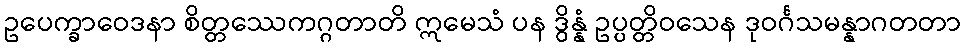
ဥပေက္ခာဝေဒနာ စိတ္တဿေကဂ္ဂတာတိ ဣမေသံ ပန ဒွိန္နံ ဥပ္ပတ္တိဝသေန ဒုဝင်္ဂသမန္နာဂတတာ